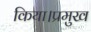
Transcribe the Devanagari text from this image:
किया।प्रमुख